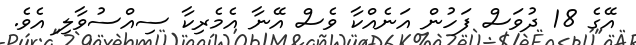
އޭގެ 18 ދުވަސް ފަހުން އަނެއްކާ ވެސް އޭނާ އެމެރިކާ ސިއްސުވާލި އެވެ.